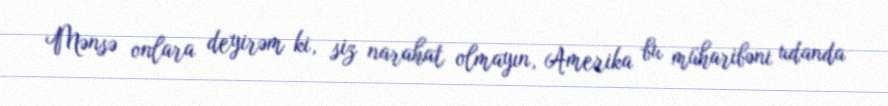
Mənsə onlara deyirəm ki, siz narahat olmayın, Amerika bu müharibəni udanda